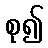
စု၍